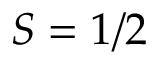
S = 1 / 2